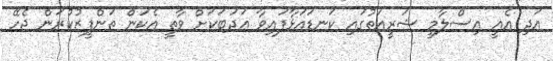
އަދި އެއީ އިސްލާމީ ޝަރީއަތުގައި ކަނޑައަޅާފައިވާ އަދަބަކަށް ވާތީ އެކަން ތަންފީޒުކުރަން ޖެހޭ